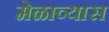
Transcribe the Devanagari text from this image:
मेळाव्यास